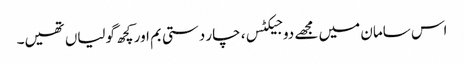
اس سامان میں مجھے دو جیکٹس، چار دستی بم اور کچھ گولیاں تھیں۔